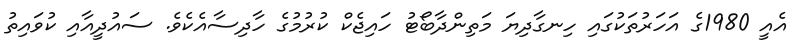
އެއީ 1980ގެ އަހަރުތަކުގައި ހިނގާދިޔަ މަތިންދާބޯޓު ހައިޖެކް ކުރުމުގެ ހާދިސާއެކެވެ. ސައުދީއާއި ކުވައިތު